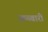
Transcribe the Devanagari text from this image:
क़ब्बारी